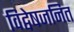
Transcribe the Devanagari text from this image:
विद्वेषजनित